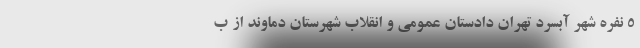
5 نفره شهر آبسرد تهران دادستان عمومی و انقلاب شهرستان دماوند از ب